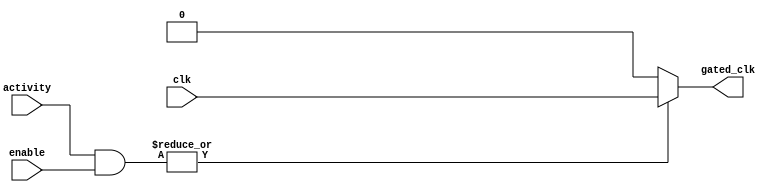
module clock_gating(
    input wire clk,               // Primary clock signal
    input wire [N-1:0] activity, // Activity signals for each memory block
    input wire [N-1:0] enable,    // External enable signals for memory blocks
    output wire gated_clk         // Gated clock signal
);
    parameter N = 4; // Number of memory blocks

    wire active; // Signal to indicate if any block is active

    // Combine activity signals and enable signals to create active signal
    assign active = |(activity & enable);

    // Gated clock logic
    assign gated_clk = active ? clk : 1'b0;

endmodule